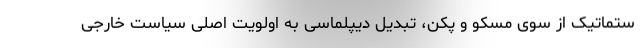
ستماتیک از سوی مسکو و پکن، تبدیل دیپلماسی به اولویت اصلی سیاست خارجی